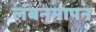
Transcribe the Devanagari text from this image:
लंबनमापन